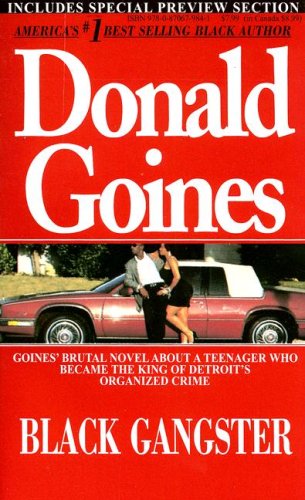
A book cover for Black Gangster; Donald Goines; Literature & Fiction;